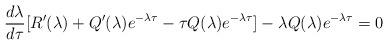
LaTeX: \begin{align*}\frac{d\lambda}{d\tau}[R'(\lambda)+Q'(\lambda)e^{-\lambda\tau}-\tau Q(\lambda)e^{-\lambda\tau}]-\lambda Q(\lambda)e^{-\lambda\tau}=0\end{align*}